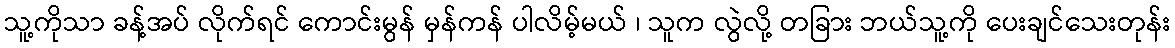
သူ့ကိုသာ ခန့်အပ် လိုက်ရင် ကောင်းမွန် မှန်ကန် ပါလိမ့်မယ် ၊ သူက လွဲလို့ တခြား ဘယ်သူ့ကို ပေးချင်သေးတုန်း